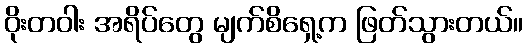
ဝိုးတဝါး အရိပ်တွေ မျက်စိရှေ့က ဖြတ်သွားတယ်။